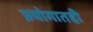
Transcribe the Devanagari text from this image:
प्रयोगातही